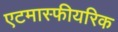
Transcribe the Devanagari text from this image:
एटमास्फीयरिक